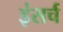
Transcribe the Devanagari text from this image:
इंसर्च